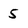
Character: 5